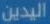
اليدين